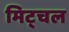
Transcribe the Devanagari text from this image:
मिट्चल